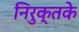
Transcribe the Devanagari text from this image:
निरुक्तके